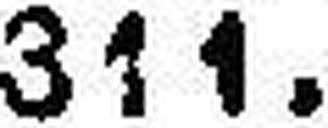
311.—